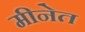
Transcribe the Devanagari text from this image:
मीनेत